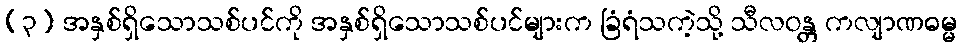
(၃) အနှစ်ရှိသောသစ်ပင်ကို အနှစ်ရှိသောသစ်ပင်များက ခြံရံသကဲ့သို့ သီလဝန္တ ကလျာဏဓမ္မ